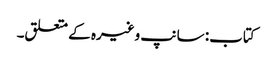
کتاب: سانپ وغیرہ کے متعلق۔